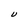
Character: U